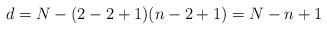
LaTeX: \begin{align*} d = N - (2-2+1)(n-2+1) = N - n +1 \end{align*}